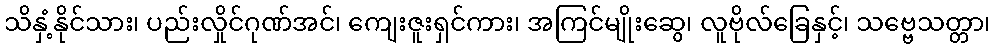
သိနှံ့နိုင်သား၊ ပည်းလှိုင်ဂုဏ်အင်၊ ကျေးဇူးရှင်ကား၊ အကြင်မျိုးဆွေ၊ လူဗိုလ်ခြေနှင့်၊ သဗ္ဗေသတ္တာ၊